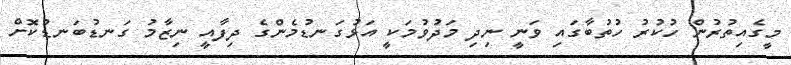
މީގެއިތުރުން ހުކުރު ހުތުބާގައި ވަނީ ނިދި މަދުވުމަކީ އަޅުގަނޑުމެންގެ ދިފާއީ ނިޒާމު ގަނޑުބަނޑުކޮށް